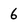
Character: 6